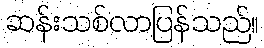
ဆန်းသစ်လာပြန်သည်။